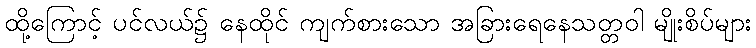
ထို့ကြောင့် ပင်လယ်၌ နေထိုင် ကျက်စားသော အခြားရေနေသတ္တဝါ မျိုးစိပ်များ